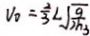
V _ { 0 } = \frac { 2 } { 3 } L \sqrt { \frac { g } { 2 h _ { 3 } } }